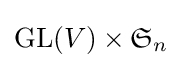
\mathrm {GL} (V)\times {\mathfrak {S}}_{n}